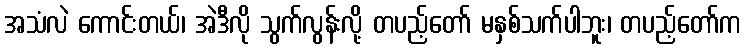
အသံလဲ ကောင်းတယ်၊ အဲဒီလို သွက်လွန်းလို့ တပည့်တော် မနှစ်သက်ပါဘူး၊ တပည့်တော်က